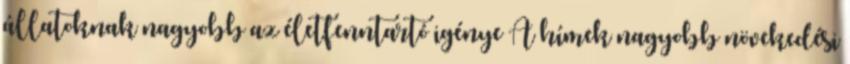
állatoknak nagyobb az életfenntartó igénye A hímek nagyobb növekedési